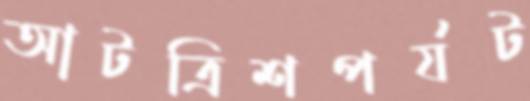
আটত্রিশপর্যট